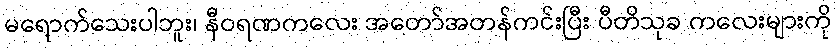
မရောက်သေးပါဘူး၊ နီဝရဏကလေး အတော်အတန်ကင်းပြီး ပီတိသုခ ကလေးများကို